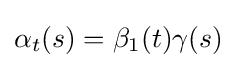
\alpha _{t}(s)=\beta _{1}(t)\gamma (s)